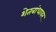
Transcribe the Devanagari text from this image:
शेतबांधावर